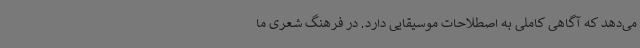
می‌دهد که آگاهی کاملی به اصطلاحات موسیقایی دارد. در فرهنگ شعری ما